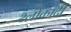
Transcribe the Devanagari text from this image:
श्लोकादी